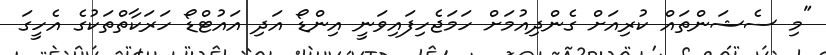
"މި ސެޝަންތައް ކުރިއަށް ގެންދިއުމަށް ހަމަޖެހިފައިވަނީ އިންޑޯ އަދި އައުޓްޑޯ ހަރަކާތްތަކުގެ އެހީގަ